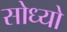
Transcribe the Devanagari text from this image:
सोध्यो